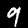
Digit: 9